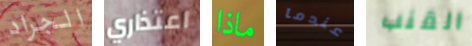
الجراد اعتذاري ماذا عندما القنب